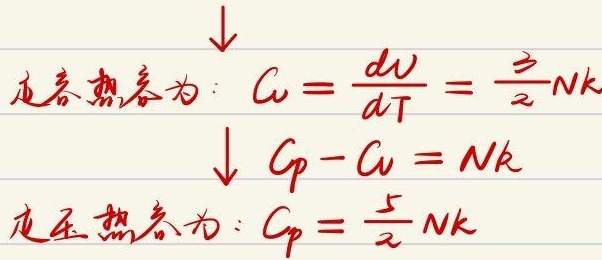
定容热容为：
\[
C_V=\frac{dU}{dT}=\frac{3}{2}Nk
\]
\[
C_P - C_V = Nk
\]
定压热容为：
\[
C_P=\frac{5}{2}Nk
\]